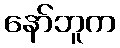
နော်ဘူက